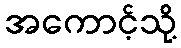
အကောင့်သို့